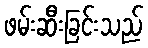
ဖမ်းဆီးခြင်းသည်